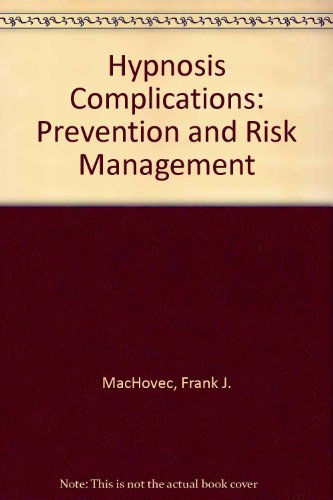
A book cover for Hypnosis Complications: Prevention and Risk Management; Frank J. Machovec; Health, Fitness & Dieting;